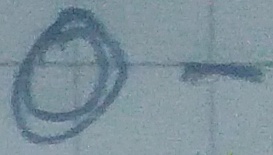
Text: O-